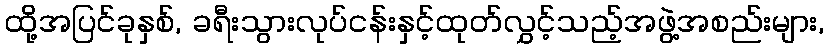
ထို့အပြင်ခုနှစ်, ခရီးသွားလုပ်ငန်းနှင့်ထုတ်လွှင့်သည့်အဖွဲ့အစည်းများ,